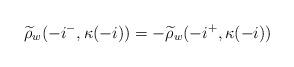
LaTeX: \begin{align*}\widetilde{\rho}_w(-i^-,\kappa(-i)) = - \widetilde{\rho}_w(-i^+,\kappa(-i))\end{align*}